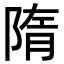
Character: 隋